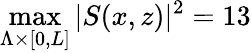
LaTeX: \operatorname*{max}_{\Lambda\times\lbrack 0,L\rbrack}\vert S(x,z)\vert^{2}=13